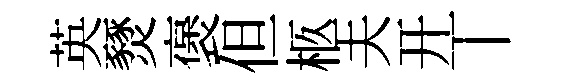
英燹褒但柩夫开丅